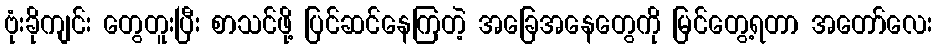
ဗုံးခိုကျင်း တွေတူးပြီး စာသင်ဖို့ ပြင်ဆင်နေကြတဲ့ အခြေအနေတွေကို မြင်တွေ့ရတာ အတော်လေး